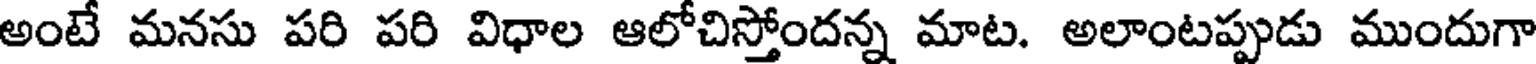
అంటే మనసు పరి పరి విధాల ఆలోచిస్తోందన్న మాట. అలాంటప్పుడు ముందుగా